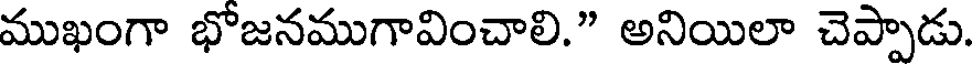
ముఖంగా భోజనముగావించాలి." అనియిలా చెప్పాడు.